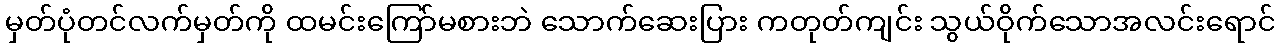
မှတ်ပုံတင်လက်မှတ်ကို ထမင်းကြော်မစားဘဲ သောက်ဆေးပြား ကတုတ်ကျင်း သွယ်ဝိုက်သောအလင်းရောင်